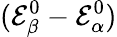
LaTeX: (\mathcal{E}_{\beta}^{0}-\mathcal{E}_{\alpha}^{0})